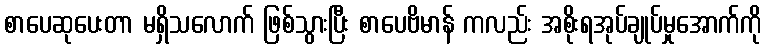
စာပေဆုပေးတာ မရှိသလောက် ဖြစ်သွားပြီး စာပေဗိမာန် ကလည်း အစိုးရအုပ်ချုပ်မှုအောက်ကို